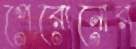
পেরোনোর